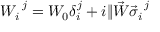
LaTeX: W _ { i } ^ { ~ j } = W _ { 0 } \delta _ { i } ^ { j } + i \| \vec { W } \vec { \sigma } _ { i } ^ { ~ j }